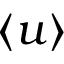
\langle u \rangle